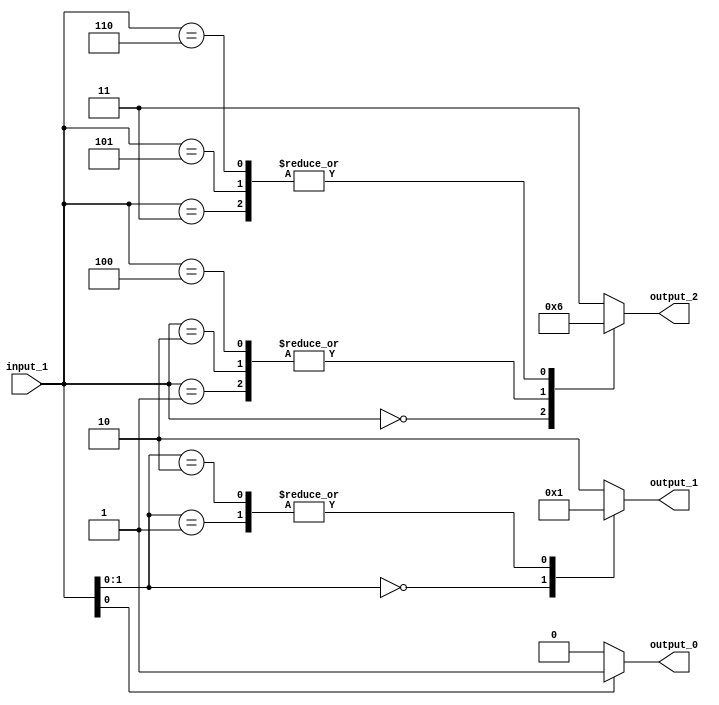
// Generator : SpinalHDL v1.4.3    git head : adf552d8f500e7419fff395b7049228e4bc5de26
// Component : unnamed
// Git hash  : adf552d8f500e7419fff395b7049228e4bc5de26



module unnamed (
  input      [2:0]    input_1,
  output     [0:0]    output_0,
  output     [1:0]    output_1,
  output     [1:0]    output_2
);
  reg        [0:0]    _zz_3;
  reg        [1:0]    _zz_4;
  reg        [1:0]    _zz_5;
  wire       [0:0]    _zz_6;
  wire       [1:0]    _zz_7;
  wire       [2:0]    _zz_8;
  wire                _zz_1;
  wire                _zz_2;

  assign _zz_6 = _zz_1;
  assign _zz_7 = {_zz_2,_zz_1};
  assign _zz_8 = {input_1[2],{_zz_2,_zz_1}};
  always @(*) begin
    case(_zz_6)
      1'b0 : begin
        _zz_3 = 1'b0;
      end
      default : begin
        _zz_3 = 1'b1;
      end
    endcase
  end

  always @(*) begin
    case(_zz_7)
      2'b00 : begin
        _zz_4 = 2'b00;
      end
      2'b01 : begin
        _zz_4 = 2'b01;
      end
      2'b10 : begin
        _zz_4 = 2'b01;
      end
      default : begin
        _zz_4 = 2'b10;
      end
    endcase
  end

  always @(*) begin
    case(_zz_8)
      3'b000 : begin
        _zz_5 = 2'b00;
      end
      3'b001 : begin
        _zz_5 = 2'b01;
      end
      3'b010 : begin
        _zz_5 = 2'b01;
      end
      3'b011 : begin
        _zz_5 = 2'b10;
      end
      3'b100 : begin
        _zz_5 = 2'b01;
      end
      3'b101 : begin
        _zz_5 = 2'b10;
      end
      3'b110 : begin
        _zz_5 = 2'b10;
      end
      default : begin
        _zz_5 = 2'b11;
      end
    endcase
  end

  assign _zz_1 = input_1[0];
  assign _zz_2 = input_1[1];
  assign output_0 = _zz_3;
  assign output_1 = _zz_4;
  assign output_2 = _zz_5;

endmodule